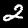
Label: 2